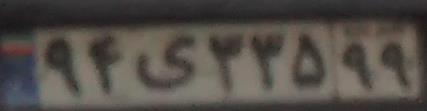
۹۴ی۳۳۵۹۹